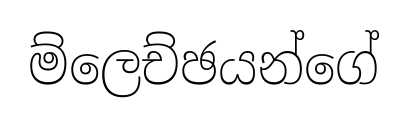
ම්ලෙච්ඡයන්ගේ